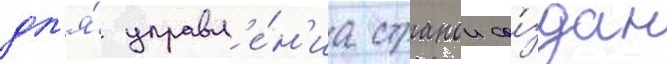
дл'я́ управл'е́н'иа странои со́здан